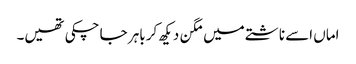
اماں اسے ناشتے میں مگن دیکھ کر باہر جا چکی تھیں۔